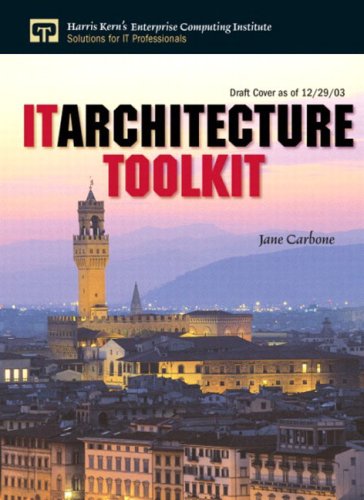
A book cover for IT Architecture Toolkit; Jane Carbone; Business & Money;